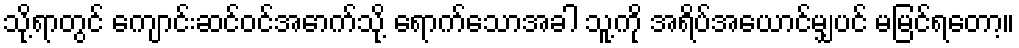
သို့ရာတွင် ကျောင်းဆင်ဝင်အောက်သို့ ရောက်သောအခါ သူ့ကို အရိပ်အယောင်မျှပင် မမြင်ရတော့။